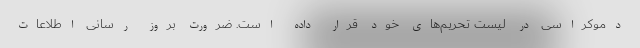
دموکراسی در لیست تحریم‌های خود قرار داده است. ضرورت بروز رسانی اطلاعات